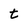
Character: t